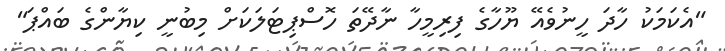
"އެކަމަކު ހާދަ ހީނުވެއޭ ޔޫހާގެ ފިރިމީހާ ނާދޭތަ ހޮސްޕިޓަލަކަށް މިބުނީ ކިޔާންގެ ބައްޕަ"